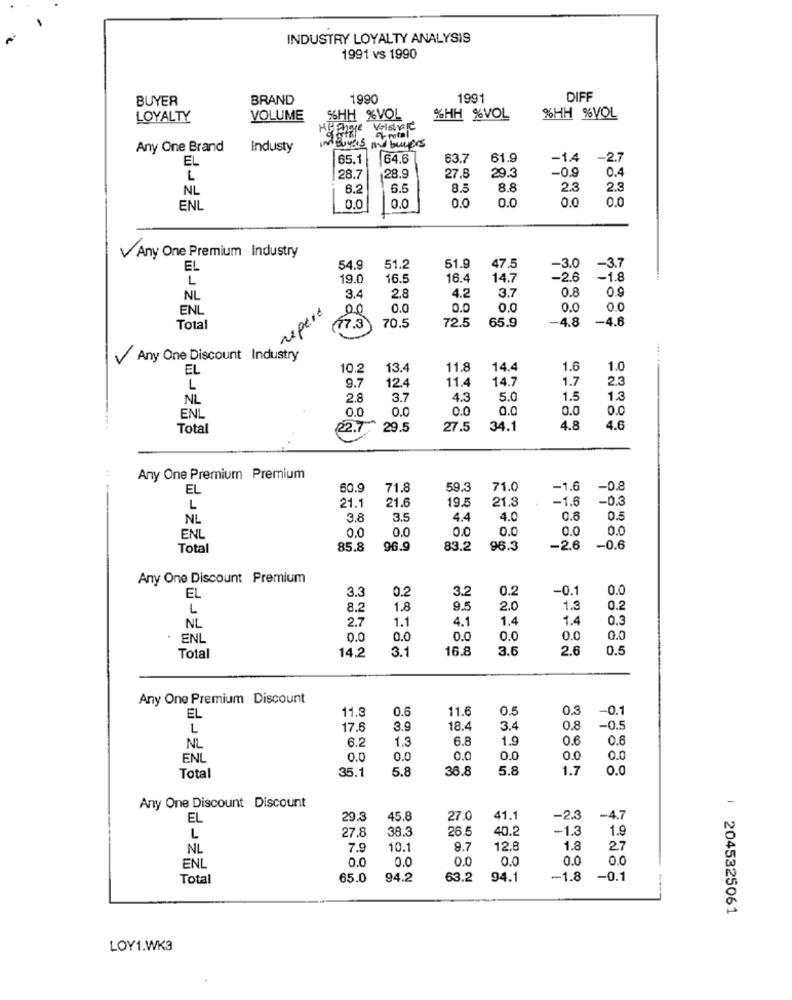
INDUSTRY LOYALTY ANALYSIS
1991 vs 1990
BUYER
BRAND
1990
1991
DIFF
LOYALTY
VOLUME
SHH %VOL
%HH %VOL
%HH %VOL
Any One Brand
Industy
interests and buyers
EL
65.1
64.6
63.7
61.9
-1.4
-2.7
27.8
-0.9
0.4
L
28.7
28.9
29.3
NL
6.2
6.5
8.5
8.8
2.3
2.3
0.0
0.0
0.0
0.0
ENL
0.0
0.0
V Any One Premium Industry
EL
54.9
51.2
51.9
47.5
-3.0
-3.7
L
19.0
16.5
16.4
14.7
-2.6
-1.8
4.2
0.8
0.9
NL
3.4
2.8
3.7
ENL
repere
00
0.0
0.0
0.0
0.0
0.0
70.5
72.5
65.9
-4.8
-4.6
Total
17.3
Any One Discount Industry
EL
10.2
13.4
11.8
14.4
1.6
1.0
9.7
12.4
11.4
14.7
1.7
2.3
L
NL
2.8
3.7
4.3
5.0
1.5
1.3
EN
0.0
0.0
0.0
0.0
0.0
0.0
Total
22.7
29.5
27.5
34.1
4.8
4.6
Any One Premium Premium
EL
60.9
71.8
59.3
71.0
-1.6
-0.8
21.6
19.5
21.3
-1.6
-0.3
L
21.1
NL
3.8
3.5
4.4
4.0
0.6
0.5
0.0
0.0
0.0
0.0
0.0
0.0
ENL
Total
85.8
96.9
83.2
96.3
-2.6
-0.6
Any One Discount Premium
EL
3.3
3.2
0.2
-0.1
0.0
0.2
L
8.2
1.8
9.5
2.0
1.3
0.2
2.7
1.1
4.1
1.4
1.4
0.3
NL
· ENL
0.0
0.0
0.0
0.0
0.0
0.0
14.2
3.1
16.8
3.6
2.6
0.5
Total
Any One Premium Discount
11.3
11.6
0.5
0.3
-0.1
EL
0.6
L
17.6
3.9
18.4
3.4
0.8
-0.5
NL
6.2
1.3
6.8
1.9
0.6
0.6
ENL
0.0
0.0
0.0
0.0
0.0
0.0
35.1
5.8
36.8
5.8
1.7
0.0
Total
Any One Discount Discount
EL
29.
45.8
27.0
41.1
-2.3
-4.7
27.8
38.3
26.5
10.2
-1.3
1.9
L
NL
7.9
10.1
9.7
12.8
1.8
27
0.0
0.0
0.0
0.0
0.0
0.0
ENL
Total
65.0
94.2
63.2
94.1
-1.8
-0.1
| 2045325061
LOY1.WK3